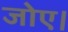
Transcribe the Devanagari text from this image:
जोए।